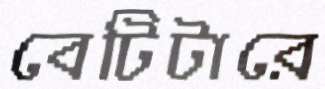
বেটিটারে